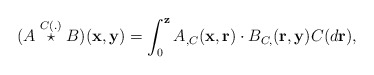
\begin{align*}(A\stackrel{C(.)}{\star}B)(\mathbf{x},\mathbf{y}) = \int_{0}^{\mathbf{z}} A_{,C}(\mathbf{x},\mathbf{r})\cdot B_{C,}(\mathbf{r},\mathbf{y})C(d\mathbf{r}),\end{align*}